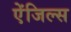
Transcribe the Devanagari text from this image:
ऐंजिल्स